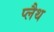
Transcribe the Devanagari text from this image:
प्लैथ